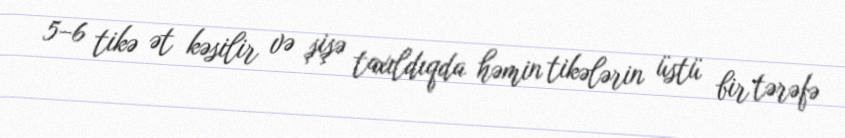
5–6 tikə ət kəsilir və şişə taxıldıqda həmin tikələrin üstü bir tərəfə